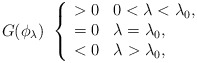
\begin{align*}G(\phi_\lambda)~ \left\{ \begin{array}{cl}>0 & 0<\lambda<\lambda_0, \\=0 & \lambda=\lambda_0, \\<0 & \lambda>\lambda_0,\end{array}\right.\end{align*}